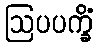
ဩပပက္ခိံ